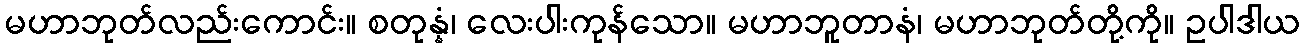
မဟာဘုတ်လည်းကောင်း။ စတုန္နံ၊ လေးပါးကုန်သော။ မဟာဘူတာနံ၊ မဟာဘုတ်တို့ကို။ ဥပါဒါယ